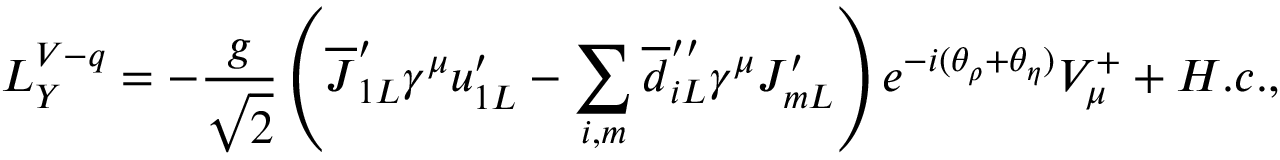
{ \cal L } _ { Y } ^ { V - q } = - \frac g { \sqrt { 2 } } \left( \overline { { { J } } } _ { 1 L } ^ { \prime } \gamma ^ { \mu } u _ { 1 L } ^ { \prime } - \sum _ { i , m } \overline { { { d } } } _ { i L } ^ { \prime \prime } \gamma ^ { \mu } J _ { m L } ^ { \prime } \right) e ^ { - i ( \theta _ { \rho } + \theta _ { \eta } ) } V _ { \mu } ^ { + } + H . c . ,